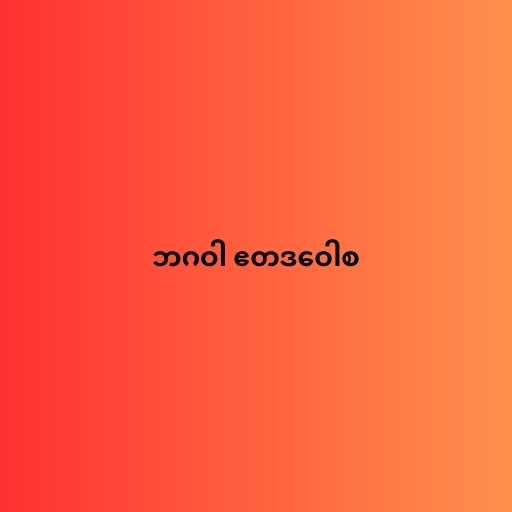
ဘဂဝါ ဧတဒဝေါစ